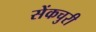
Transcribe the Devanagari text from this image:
सेंकचुरी